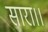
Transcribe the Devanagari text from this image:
सारा।।